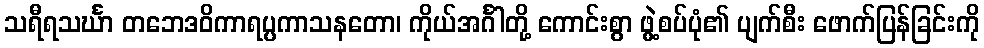
သရီရသင်္ဃာ တဘေဒဝိကာရပ္ပကာသနတော၊ ကိုယ်အင်္ဂါတို့ ကောင်းစွာ ဖွဲ့စပ်ပုံ၏ ပျက်စီး ဖောက်ပြန်ခြင်းကို